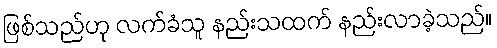
ဖြစ်သည်ဟု လက်ခံသူ နည်းသထက် နည်းလာခဲ့သည်။